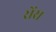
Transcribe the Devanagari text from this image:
रोंस